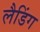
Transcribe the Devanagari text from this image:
लैडिंग